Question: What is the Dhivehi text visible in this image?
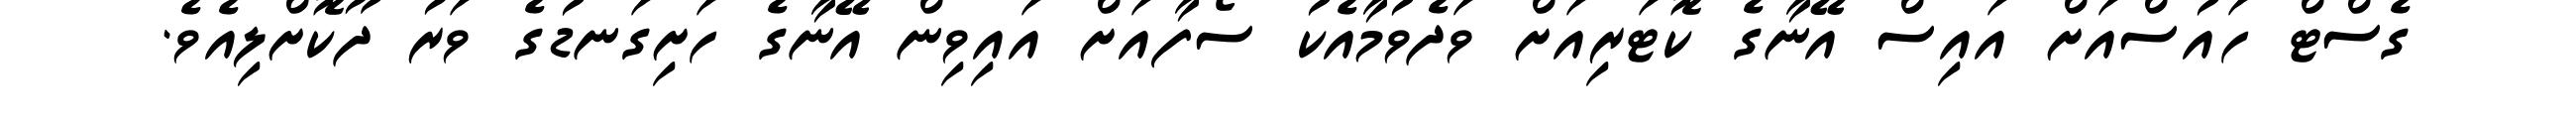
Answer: ގެސްޓް ހައުސްއަށް އައިސް އޭނާގެ ކޮޓަރިއަށް ވަދެވުމާއެކު ސޯފާއަށް އައިވިން އޭނާގެ ހަށިގަނޑުގެ ވަރު ދޫކޮށްލިއެވެ.